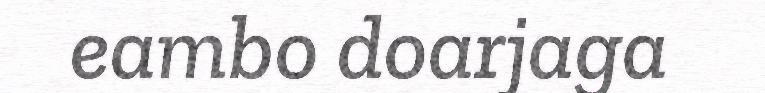
eambo doarjaga